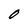
Character: O